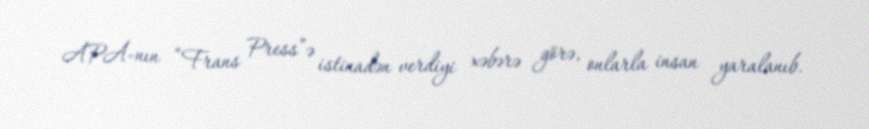
APA-nın “Frans Press”ə istinadən verdiyi xəbərə görə, onlarla insan yaralanıb.